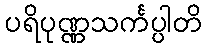
ပရိပုဏ္ဏသင်္ကပ္ပါတိ